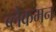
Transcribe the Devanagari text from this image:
ब्लैकमन